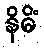
နိဓိံ